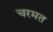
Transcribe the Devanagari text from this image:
चरमत